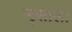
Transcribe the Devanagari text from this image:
मुसाला